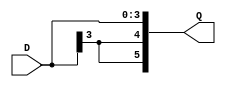

/*
 * Sign extend input
 * T can be 0 for <<, 1 for >>, 2 for <<< or 3 for >>>.
 */
module sign_ext
  #(parameter WI = 4, WO = 6)
   (input wire signed [WI-1:0] D,
    output wire signed [WO-1:0] Q
    /* */);

   assign Q = D;

endmodule